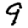
Digit: 9